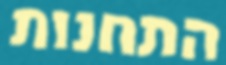
התחנות